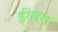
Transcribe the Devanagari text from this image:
ईंग्लश